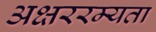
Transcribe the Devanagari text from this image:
अक्षररम्यता